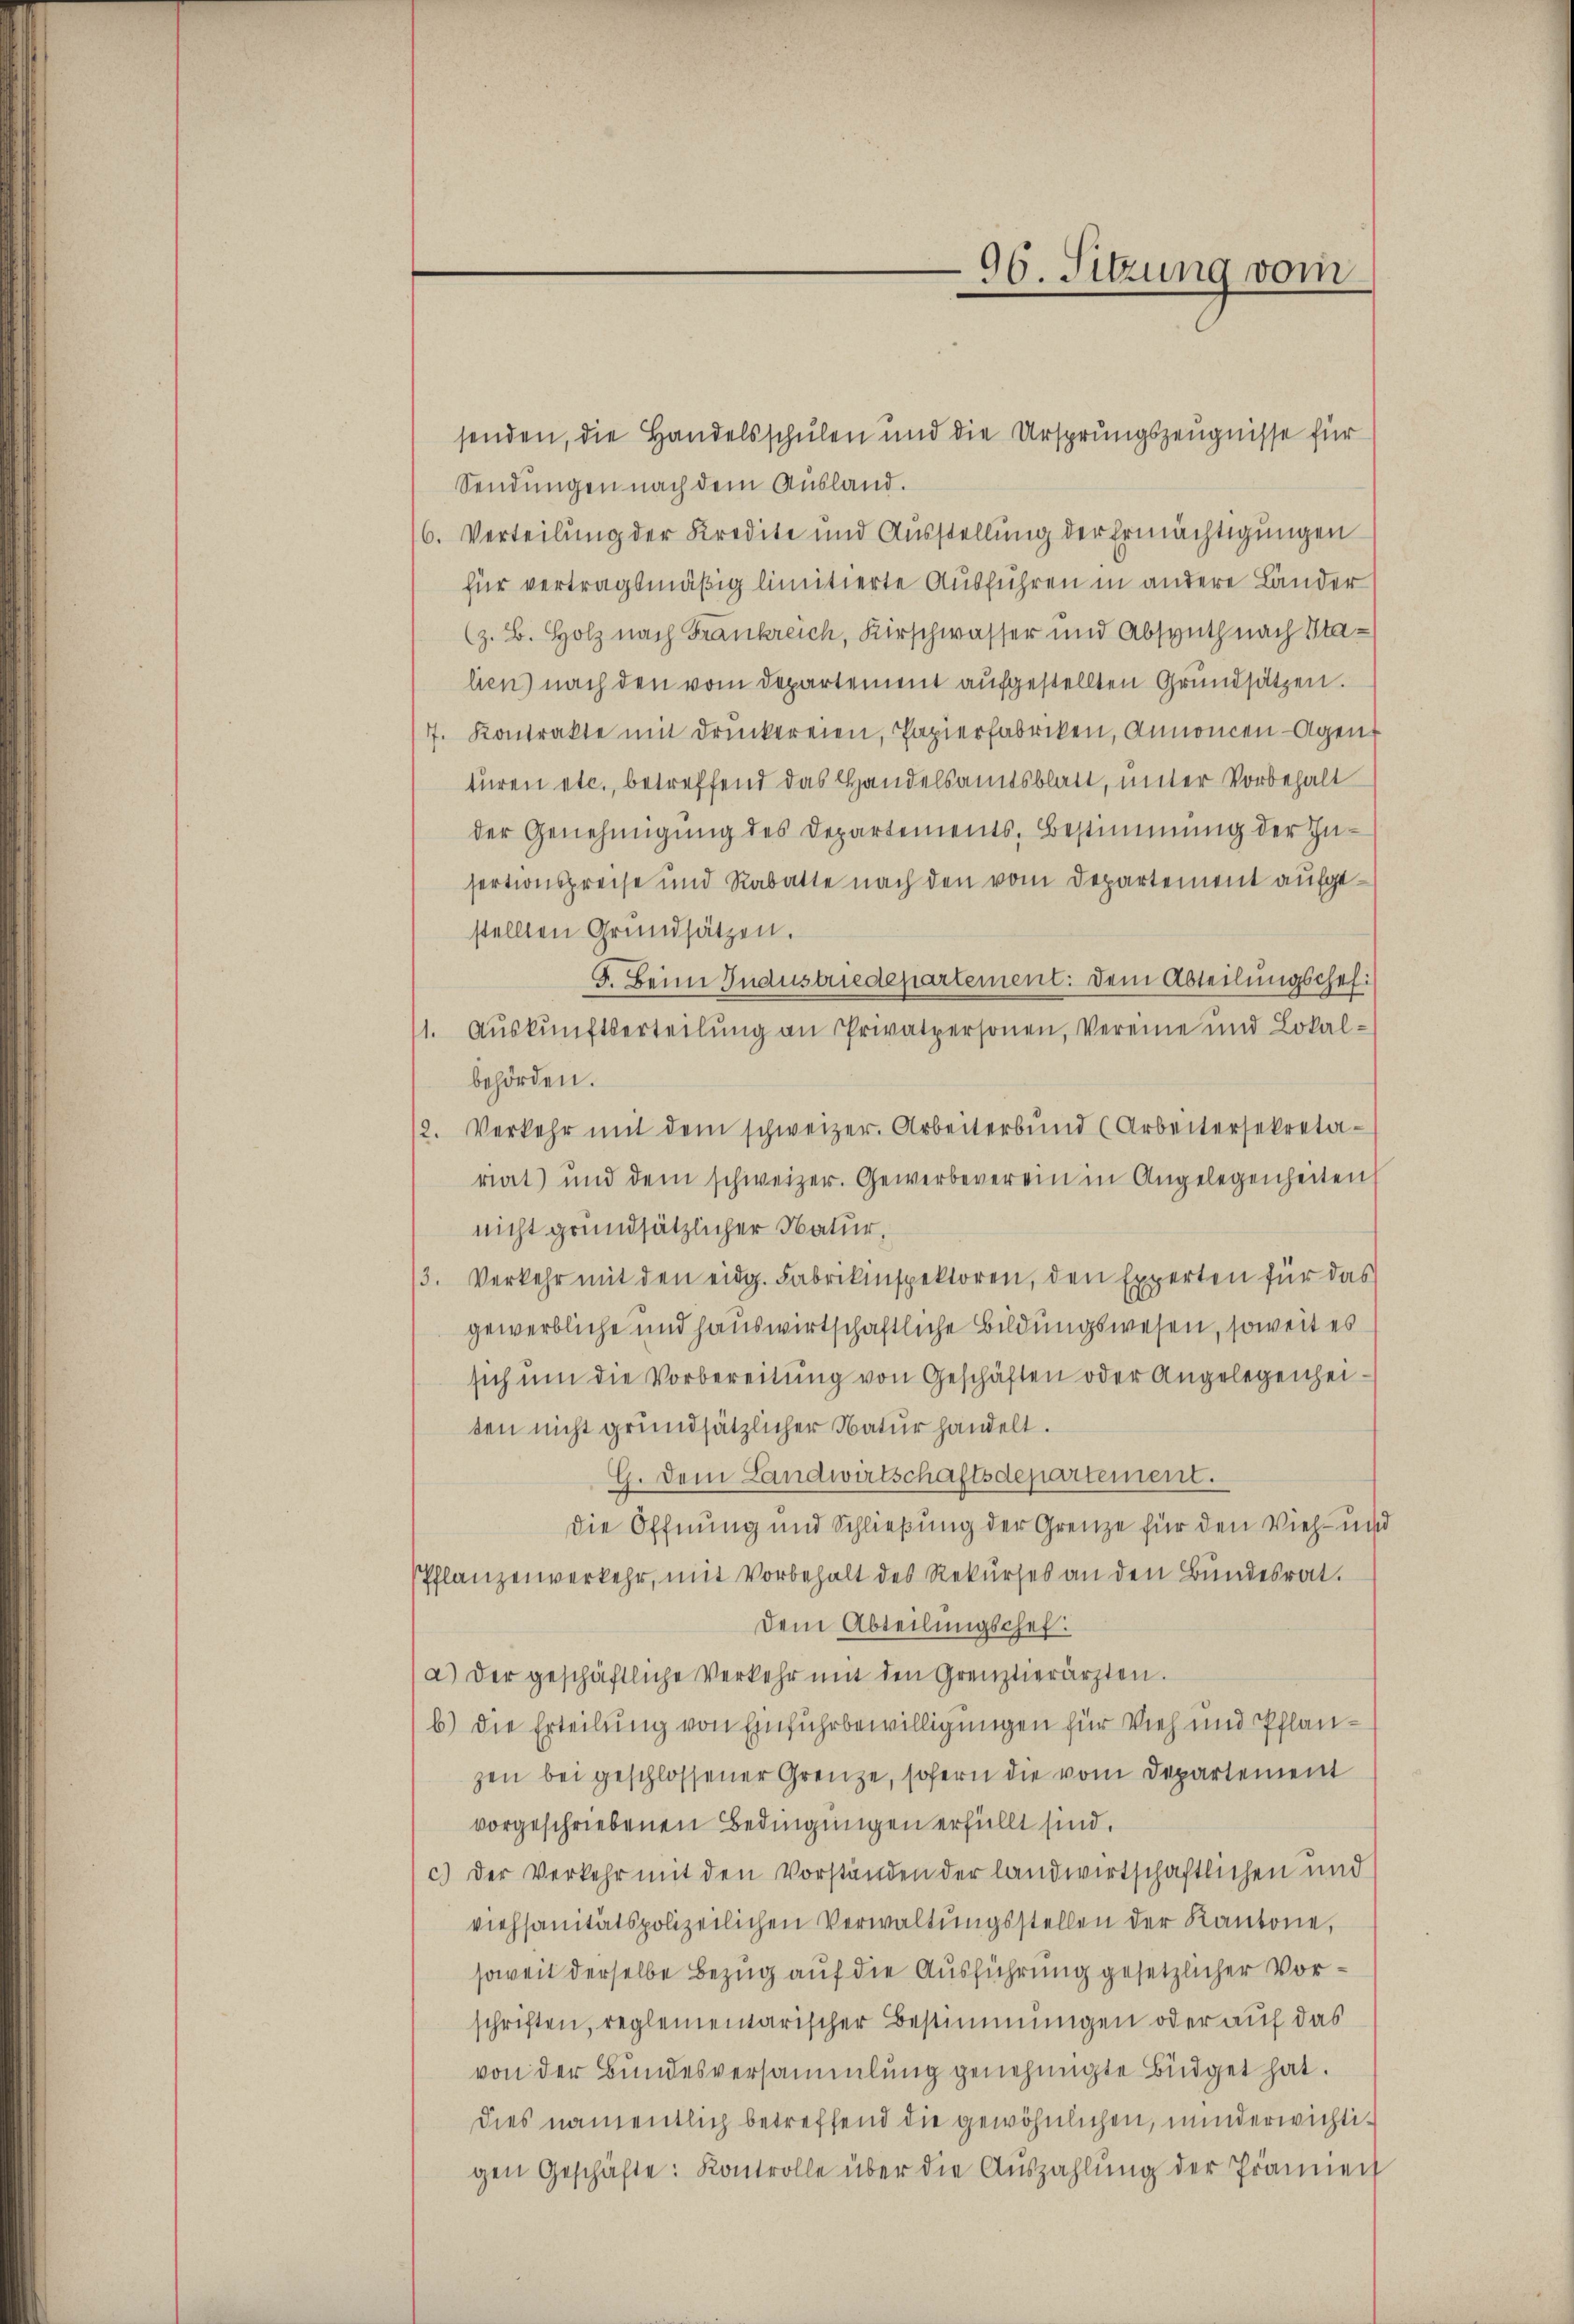
96. Sitzung vom

senden, die Handelsschulen und die Ursprungszeugnisse für
Sendungen nach dem Ausland.
16. Verteilung der Kredite und Ausstellung der Ermächtigungen
für vertragsmäßig limitierte Ausführen in andere Länder
(z. B. Holz nach Frankreich, Kirschwasser und Absputh nach Stalien) nach den vom Departement aufgestellten Grundsätzen.
7. Kontrakte mit druckereien, Papierfabriken, Annoncen-Agen
turen etc., betreffend das Handelsamtsblatt, unter Vorbehalt
der Genehmigung des Departements, Bestimmung der Insertionspreise und Rabatte nach den vom Departement aufgestellten Grundsätzen.
5. Beim Industriedepartement: Dem Abteilungschel.
11. Aŭskŭnftserteilŭng an Privatpersonen, Vereine und Lokal-
behörden.
12. Verkehr mit dem schweizer. Arbeiterbŭnd (Arbeitersekreta-
riat) und dem schweizer. Gewerbeverein in Angelegenheiten
nicht grundsätzlicher Natur,
3. Verkehr mit den eidg. Fabrikinspektoren, den Experten für das
gewerbliche und hauswirtschaftliche Bildungswesen, soweit es
sich ŭm die Vorbereitŭng von Geschäften oder Angelegenheiten nicht grundsätzlicher Natur handelt.
G. dem Landwirtschaftsdepartement.
die Öffnung und Schließung der Grenze für den Vieh- und
Pflanzenverkehr, mit Vorbehalt des Rekurses an den Bundesrat.
dem Abteilungschef.
a.) Der geschäftliche Verkehr mit den Grenztierärzten.
b) die Erteilung von Einfuhrbewilligungen für Vieh und Pflanzen bei geschlossener Grenze, sofern die vom Departement
vorgeschriebenen Bedingungen erfüllt sind.
c.) Der Verkehr mit den Vorständen der landwirtschaftlichen und
viehsanitätspolizeilichen Verwaltungsstellen der Kantone,
soweit derselbe Bezug auf die Ausführung gesetzlicher Vorschriften, reglementarischer Bestimmungen oder auf das
von der Bundesversammlung genehmigte Büdget hat.
dies namentlich betreffend die gewöhnlichen, minderwichtigen Geschäfte: Kontrolle über die Auszahlŭng der Prämien